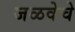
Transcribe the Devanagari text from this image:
जळवेचे